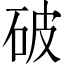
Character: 破